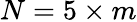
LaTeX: N=5\times m